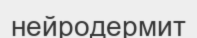
нейродермит